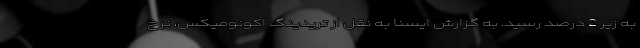
به زیر 2 درصد رسید. به گزارش ایسنا به نقل از تریدینگ اکونومیکس، نرخ